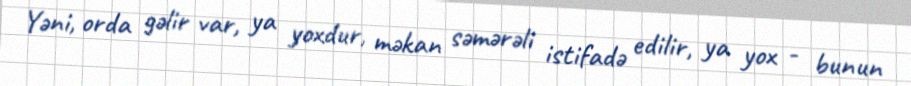
Yəni, orda gəlir var, ya yoxdur, məkan səmərəli istifadə edilir, ya yox - bunun